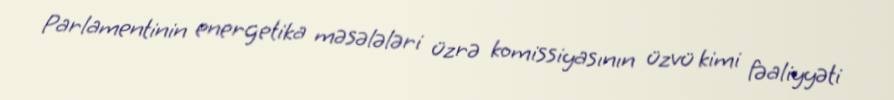
Parlamentinin energetika məsələləri üzrə komissiyasının üzvü kimi fəaliyyəti